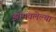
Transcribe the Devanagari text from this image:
झोपवलेल्या